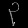
Digit: ၃